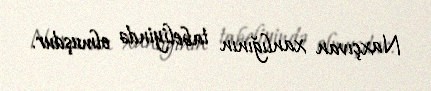
Naxçıvan xanlığının tabeliyində olmuşdur.